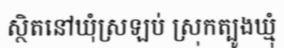
ស្ថិតនៅឃុំស្រឡប់ ស្រុកត្បូងឃ្មុំ